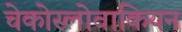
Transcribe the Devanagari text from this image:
चेकोस्लोवाकियन